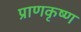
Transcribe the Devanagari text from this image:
प्राणकृष्ण